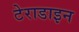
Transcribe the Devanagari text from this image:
टेराडाइन